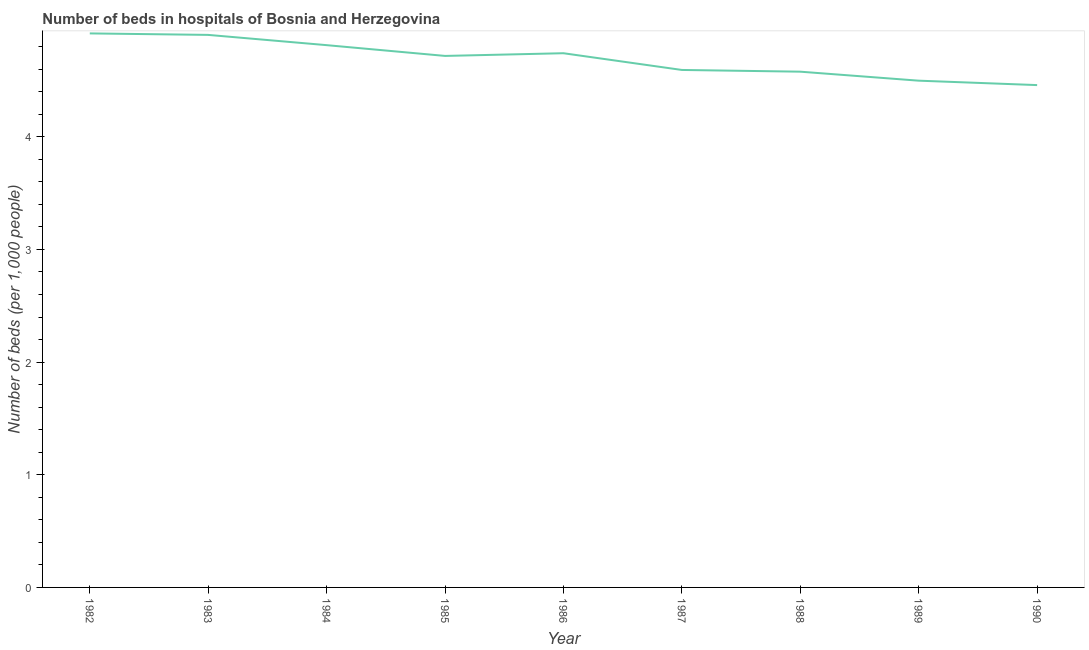
| Year | Hospital beds |
 | --- | --- |
 | 1982 | 4.92 |
 | 1983 | 4.9 |
 | 1984 | 4.81 |
 | 1985 | 4.72 |
 | 1986 | 4.74 |
 | 1987 | 4.59 |
 | 1988 | 4.58 |
 | 1989 | 4.5 |
 | 1990 | 4.46 |